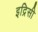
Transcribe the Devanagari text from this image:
इद्रिसी